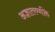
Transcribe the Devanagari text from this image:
अज्ञातव्यक्ति